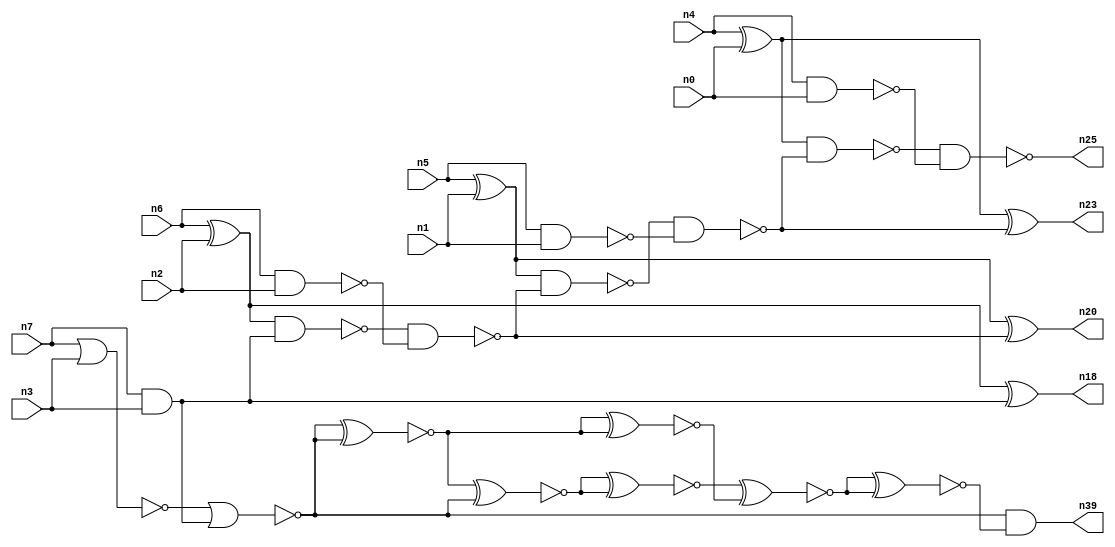
// This program was cloned from: https://github.com/umar-afzaal/ReCkt
// License: MIT License

// This file contains a pareto-optimal circuit with respect to area and the fault-resilince parameter p_fault which is defined as:
// "For all input vectors, the ratio of the no. of faults observable at the POs to the no. of total possible faults in the circuit".
// This code is part of the ReCkt library (https://github.com/umar-afzaal/ReCkt) distributed under The MIT License.
// When used, please cite the following article(s):
// U. Afzaal, A.S. Hassan, M. Usman and J.A. Lee, "On the Evolutionary Synthesis of Increased Fault-resilience Arithmetic Circuits".

// p_fault = 64.3 %    (Lower is better)
// gates = 29.0
// levels = 10
// area = 40.94    (For MCNC library relative to nand2)
// power = 215.8 uW    (Berkely-SIS for MCNC library @ Vdd=5V and 20 MHz clock)
// delay = 18.1 ns    (Berkely-ABC for MCNC library)
// PDP = 3.90598e-12 J

// Pin mapping:
// {n0, n1, n2, n3} = A[3:0]
// {n4, n5, n6, n7} = B[3:0]
// {n25, n23, n20, n18, n39} = O[4:0]

module addr4u_area_37 (
n0, n1, n2, n3, n4, n5, n6, n7, 
n25, n23, n20, n18, n39
);

input n0, n1, n2, n3, n4, n5, n6, n7;
output n25, n23, n20, n18, n39;
wire n29, n38, n13, n30, n24, n9, n14, n16, n8, n22, n15, n32, n10, n31, n26, n19, n21, n33, n27, n11, 
n28, n12, n17, n34;

xor (n8, n4, n0);
nand (n9, n4, n0);
nand (n10, n5, n1);
nand (n11, n6, n2);
nor (n12, n7, n3);
xor (n13, n6, n2);
and (n14, n7, n3);
xor (n15, n5, n1);
nor (n16, n12, n14);
nand (n17, n13, n14);
xor (n18, n13, n14);
nand (n19, n17, n11);
xor (n20, n15, n19);
nand (n21, n15, n19);
nand (n22, n21, n10);
xor (n23, n8, n22);
nand (n24, n8, n22);
nand (n25, n24, n9);
xnor (n26, n16, n16);
xnor (n27, n26, n16);
xnor (n28, n26, n26);
xnor (n29, n27, n27);
xnor (n30, n29, n28);
xnor (n31, n29, n28);
xnor (n32, n30, n30);
xnor (n33, n31, n31);
nor (n34, n32, n33);
nand (n38, n34, n34);
and (n39, n16, n38);

endmodule